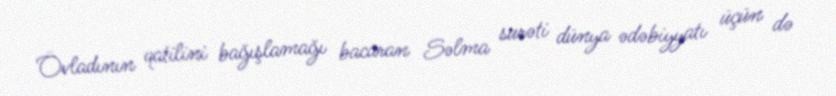
Övladının qatilini bağışlamağı bacaran Səlma surəti dünya ədəbiyyatı üçün də